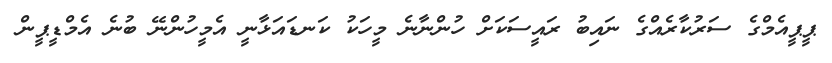
ޕީޕީއެމްގެ ސަރުކާރެއްގެ ނައިބު ރައީސަކަށް ހުންނާނެ މީހަކު ކަނޑައަޅާނީ އެމީހުންނޭ ބުނެ އެމްޑީޕީން